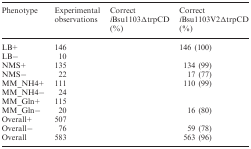
<table><thead><tr><td><b>Phenotype</b></td><td><b>Experimental observations</b></td><td><b>Correct <i>i</i>Bsu1103ΔtrpCD (%)</b></td><td><b>Correct <i>i</i>Bsu1103V2ΔtrpCD (%)</b></td></tr></thead><tbody><tr><td>LB+</td><td>146</td><td>[EMPTY_CELL]</td><td>146 (100)</td></tr><tr><td>LB−</td><td>10</td><td>[EMPTY_CELL]</td><td>[EMPTY_CELL]</td></tr><tr><td>NMS+</td><td>135</td><td>[EMPTY_CELL]</td><td>134 (99)</td></tr><tr><td>NMS−</td><td>22</td><td>[EMPTY_CELL]</td><td>17 (77)</td></tr><tr><td>MM_NH4+</td><td>111</td><td>[EMPTY_CELL]</td><td>110 (99)</td></tr><tr><td>MM_NH4−</td><td>24</td><td>[EMPTY_CELL]</td><td>[EMPTY_CELL]</td></tr><tr><td>MM_Gln+</td><td>115</td><td>[EMPTY_CELL]</td><td>[EMPTY_CELL]</td></tr><tr><td>MM_Gln−</td><td>20</td><td>[EMPTY_CELL]</td><td>16 (80)</td></tr><tr><td>Overall+</td><td>507</td><td>[EMPTY_CELL]</td><td>[EMPTY_CELL]</td></tr><tr><td>Overall−</td><td>76</td><td>[EMPTY_CELL]</td><td>59 (78)</td></tr><tr><td>Overall</td><td>583</td><td>[EMPTY_CELL]</td><td>563 (96)</td></tr></tbody></table>